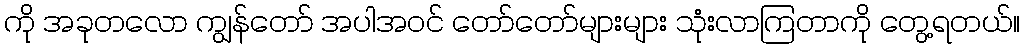
ကို အခုတလော ကျွန်တော် အပါအဝင် တော်တော်များများ သုံးလာကြတာကို တွေ့ရတယ်။